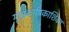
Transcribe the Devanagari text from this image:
गृह्यकर्मप्रकाशिका